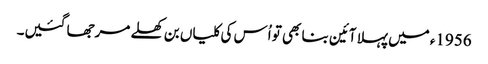
1956ء میں پہلا آئین بنا بھی تو اُس کی کلیاں بن کھلے مرجھا گئیں۔